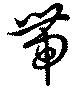
帯